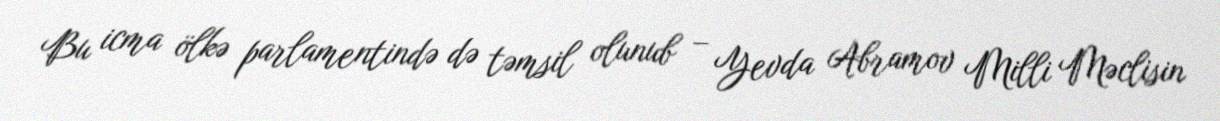
Bu icma ölkə parlamentində də təmsil olunub – Yevda Abramov Milli Məclisin